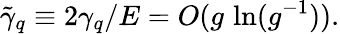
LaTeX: \tilde{\gamma}_{q}\equiv 2\gamma_{q}/E=O(g\, \ln(g^{-1})).